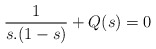
\begin{align*}\frac{1}{s.(1-s)}+Q(s)=0\end{align*}